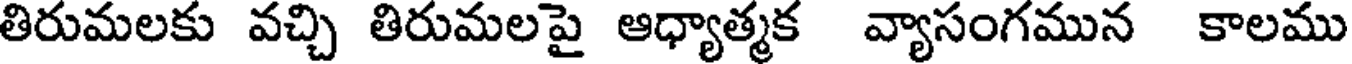
తిరుమలకు వచ్చి తిరుమలపై ఆధ్యాత్మక వ్యాసంగమున కాలము